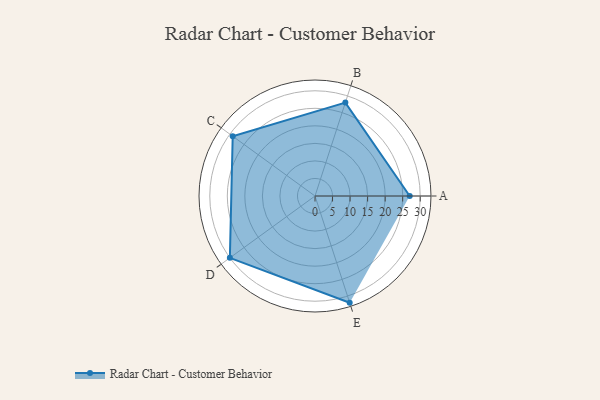
{"axis": {"x": "Skill", "y": "Score"}, "legend": ["Profile"], "data": [{"x": "A", "y": 27.0, "type": "Profile"}, {"x": "B", "y": 28.0, "type": "Profile"}, {"x": "C", "y": 29.0, "type": "Profile"}, {"x": "D", "y": 30.0, "type": "Profile"}, {"x": "E", "y": 32.0, "type": "Profile"}]}